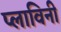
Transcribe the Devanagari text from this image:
प्लाविनी